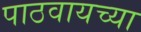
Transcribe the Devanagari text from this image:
पाठवायच्या